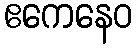
ဧကေနေဝ